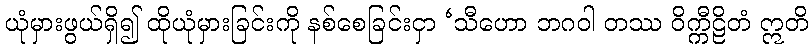
ယုံမှားဖွယ်ရှိ၍ ထိုယုံမှားခြင်းကို နစ်စေခြင်းငှာ ‘သီဟော ဘဂဝါ တဿ ဝိက္ကီဠိတံ ဣတိ